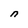
Character: n